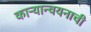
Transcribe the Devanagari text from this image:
काऱ्यान्वयनाची